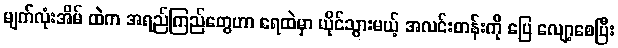
မျက်လုံးအိမ် ထဲက အရည်ကြည်တွေဟာ ရေထဲမှာ ယိုင်သွားမယ့် အလင်းတန်းကို ပြေ လျော့စေပြီး